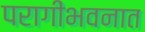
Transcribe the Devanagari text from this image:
परागीभवनात